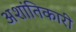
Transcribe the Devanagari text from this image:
अशांतिकारी